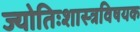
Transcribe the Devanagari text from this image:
ज्योतिःशास्त्रविषयक